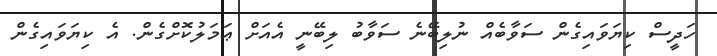
ހަދީސް ކިޔަވައިގެން ސަވާބެއް ނުލިބޭނެ ސަވާބު ލިބޭނީ އެއަށް ޢަމަލުކޮށްގެން. އެ ކިޔަވައިގެން